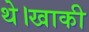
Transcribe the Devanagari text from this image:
थे।खाकी